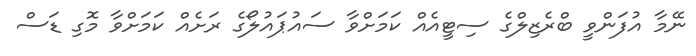
ނޭމާ އުފަންވީ ބްރެޒިލްގެ ސިޓީއެއް ކަމަށްވާ ސައުޕައުލޯގެ ރަށެއް ކަމަށްވާ މޮގި ޑަސް